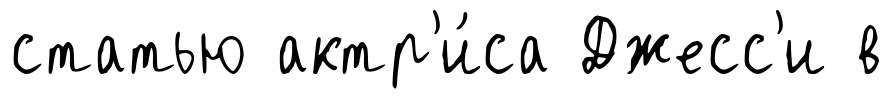
статью актр'и́са Джесс'и в